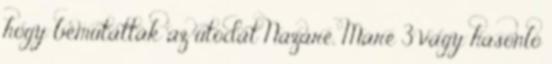
hogy bemutatták az utódát Nazaré, Maré 3 vagy hasonló